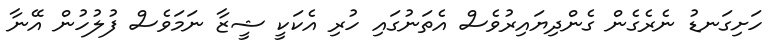
ހަށިގަނޑު ނެރެގެން ގެންދިޔައިރުވެސް އެތަނުގައި ހުރި އެކަކީ ޝީޒާ ނަމަވެސް ފުލުހުން އޭނާ